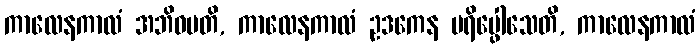
ကာလေနကာလံ အဘိဓမတိ, ကာလေနကာလံ ဥဒကေန ပရိပ္ဖေါသေတိ, ကာလေနကာလံ